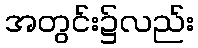
အတွင်း၌လည်း